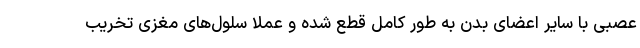
عصبی با سایر اعضای بدن به طور کامل قطع شده و عملا سلول‌های مغزی تخریب